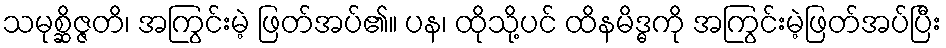
သမုစ္ဆိဇ္ဇတိ၊ အကြွင်းမဲ့ ဖြတ်အပ်၏။ ပန၊ ထိုသို့ပင် ထိနမိဒ္ဓကို အကြွင်းမဲ့ဖြတ်အပ်ပြီး